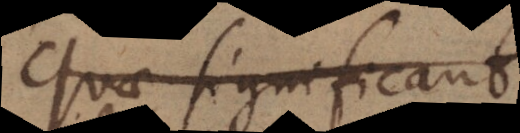
Quae significant